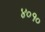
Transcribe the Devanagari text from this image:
४०१०